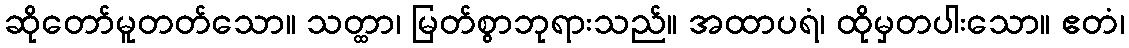
ဆိုတော်မူတတ်သော။ သတ္ထာ၊ မြတ်စွာဘုရားသည်။ အထာပရံ၊ ထိုမှတပါးသော။ ဧတံ၊